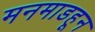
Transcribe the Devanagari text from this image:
मनमाडहून